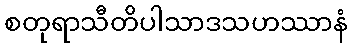
စတုရာသီတိပါသာဒသဟဿာနံ